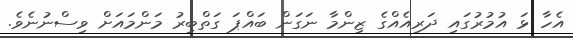
އެހާ ޅަ އުމުރުގައި ދަރިއެއްގެ ޒިންމާ ނަގަން ބައްޕަ ގަތްބިރު މަންމައަށް ވިސްނުނެވެ.